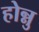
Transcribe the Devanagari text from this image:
होन्नु